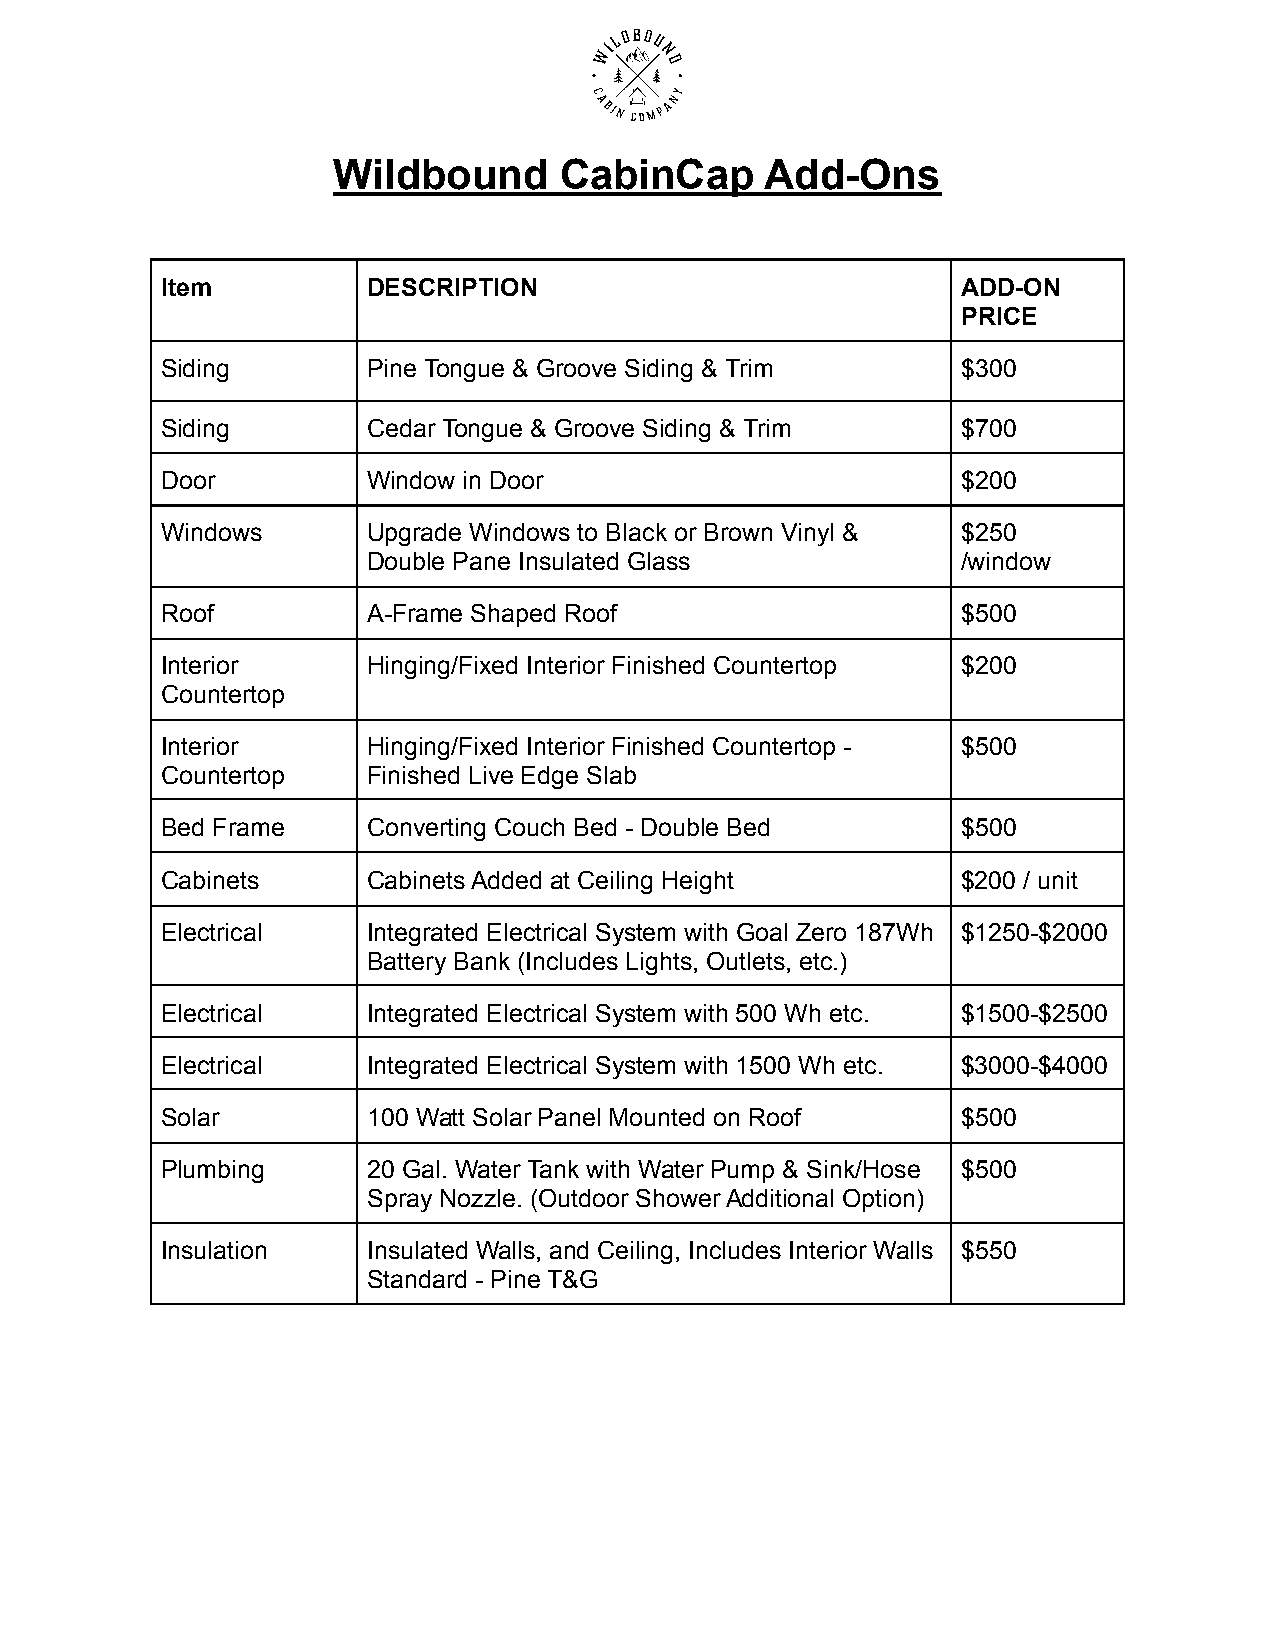
Wildbound      CabinCap      Add-Ons
 Item         DESCRIPTION                             ADD-ON
 PRICE
 Siding       Pine Tongue & Groove Siding & Trim      $300
 Siding       Cedar Tongue & Groove Siding & Trim     $700
 Door         Window in Door                          $200
 Windows      Upgrade Windows to Black or Brown Vinyl & $250
 Double Pane Insulated Glass             /window
 Roof         A-Frame Shaped Roof                     $500
 Interior     Hinging/Fixed Interior Finished Countertop $200
 Countertop
 Interior     Hinging/Fixed Interior Finished Countertop - $500
 Countertop   Finished Live Edge Slab
 Bed Frame    Converting Couch Bed - Double Bed       $500
 Cabinets     Cabinets Added at Ceiling Height        $200 / unit
 Electrical   Integrated Electrical System with Goal Zero 187Wh $1250-$2000
 Battery Bank (Includes Lights, Outlets, etc.)
 Electrical   Integrated Electrical System with 500 Wh etc. $1500-$2500
 Electrical   Integrated Electrical System with 1500 Wh etc. $3000-$4000
 Solar        100 Watt Solar Panel Mounted on Roof    $500
 Plumbing     20 Gal. Water Tank with Water Pump & Sink/Hose $500
 Spray Nozzle. (Outdoor Shower Additional Option)
 Insulation   Insulated Walls, and Ceiling, Includes Interior Walls $550
 Standard - Pine T&G